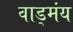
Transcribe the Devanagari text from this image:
वाड्मंय